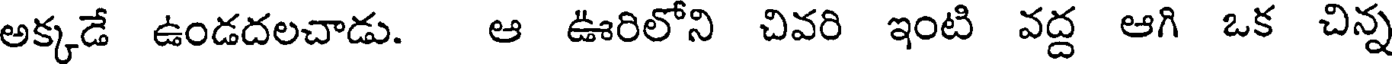
అక్కడే ఉండదలచాడు. ఆ ఊరిలోని చివరి ఇంటి వద్ద ఆగి ఒక చిన్న